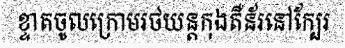
ខ្ទាតចូលក្រោមរថយន្តកុងតឺន័រនៅក្បែរ